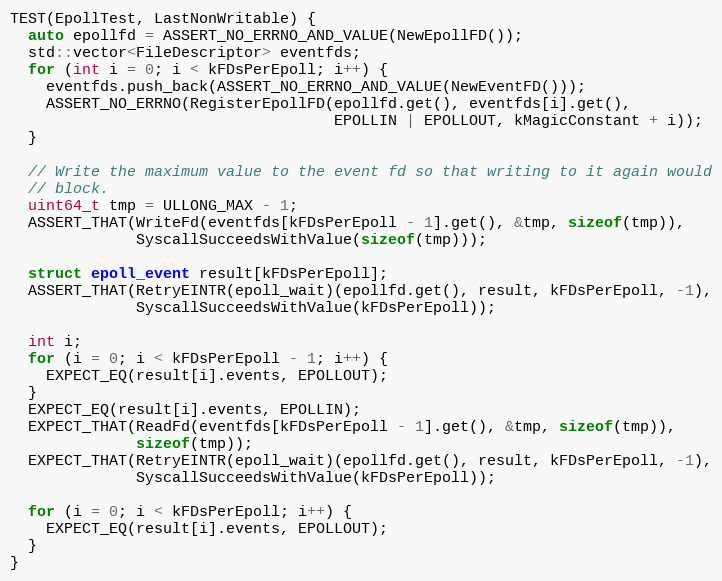
Language: C++
TEST(EpollTest, LastNonWritable) {
  auto epollfd = ASSERT_NO_ERRNO_AND_VALUE(NewEpollFD());
  std::vector<FileDescriptor> eventfds;
  for (int i = 0; i < kFDsPerEpoll; i++) {
    eventfds.push_back(ASSERT_NO_ERRNO_AND_VALUE(NewEventFD()));
    ASSERT_NO_ERRNO(RegisterEpollFD(epollfd.get(), eventfds[i].get(),
                                    EPOLLIN | EPOLLOUT, kMagicConstant + i));
  }

  // Write the maximum value to the event fd so that writing to it again would
  // block.
  uint64_t tmp = ULLONG_MAX - 1;
  ASSERT_THAT(WriteFd(eventfds[kFDsPerEpoll - 1].get(), &tmp, sizeof(tmp)),
              SyscallSucceedsWithValue(sizeof(tmp)));

  struct epoll_event result[kFDsPerEpoll];
  ASSERT_THAT(RetryEINTR(epoll_wait)(epollfd.get(), result, kFDsPerEpoll, -1),
              SyscallSucceedsWithValue(kFDsPerEpoll));

  int i;
  for (i = 0; i < kFDsPerEpoll - 1; i++) {
    EXPECT_EQ(result[i].events, EPOLLOUT);
  }
  EXPECT_EQ(result[i].events, EPOLLIN);
  EXPECT_THAT(ReadFd(eventfds[kFDsPerEpoll - 1].get(), &tmp, sizeof(tmp)),
              sizeof(tmp));
  EXPECT_THAT(RetryEINTR(epoll_wait)(epollfd.get(), result, kFDsPerEpoll, -1),
              SyscallSucceedsWithValue(kFDsPerEpoll));

  for (i = 0; i < kFDsPerEpoll; i++) {
    EXPECT_EQ(result[i].events, EPOLLOUT);
  }
}